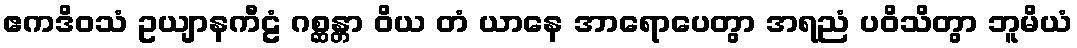
ဧကဒိဝသံ ဥယျာနကီဠံ ဂစ္ဆန္တာ ဝိယ တံ ယာနေ အာရောပေတွာ အရညံ ပဝိသိတွာ ဘူမိယံ